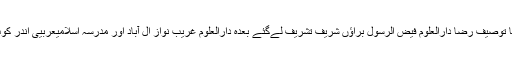
اعلیٰ تعلیم کے لیے مولانا توصیف رضا دارالعلوم فیض الرسول براؤں شریف تشریف لےگئے بعدہٗ دارالعلوم غریب نواز ال آباد اور مدرسہ اسلامیعربیی اندر کوٹ میرٹھ کا بھی سفر کیا۔